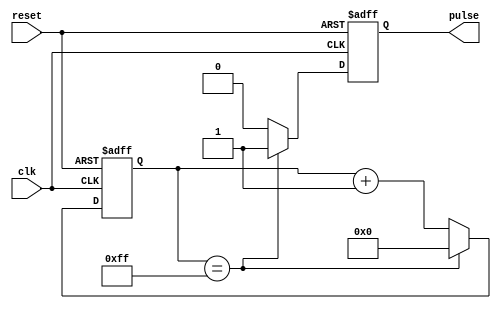
module Rising_Edge_Pulse_Generator (
    input wire clk,
    input wire reset,
    output reg pulse
);

reg [7:0] counter;
parameter threshold = 8'hFF; // Predefined threshold value

always @(posedge clk or posedge reset) begin
    if (reset) begin
        counter <= 8'b0;
        pulse <= 1'b0;
    end
    else begin
        if (counter == threshold) begin
            pulse <= 1'b1;
            counter <= 8'b0;
        end
        else begin
            counter <= counter + 1;
            pulse <= 1'b0;
        end
    end
end

endmodule